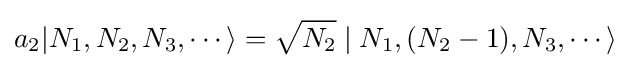
a_{2}|N_{1},N_{2},N_{3},\cdots \rangle ={\sqrt {N_{2}}}\mid N_{1},(N_{2}-1),N_{3},\cdots \rangle